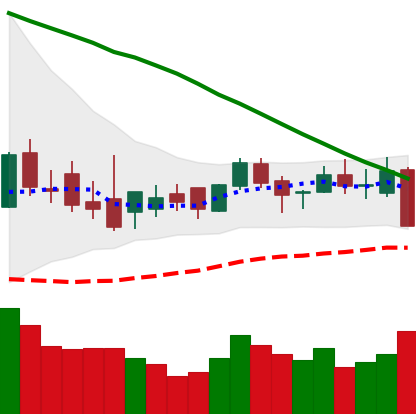
Ticker: XLM-USD
Chart end date: 2018-09-05
Forward return: -8.002%
Label: down_7plus